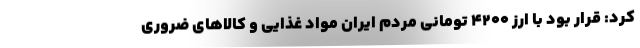
کرد: قرار بود با ارز ۴۲۰۰ تومانی مردم ایران مواد غذایی و کالاهای ضروری